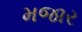
મજાર